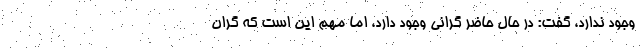
وجود ندارد، گفت: در حال حاضر گرانی وجود دارد، اما مهم این است که گران